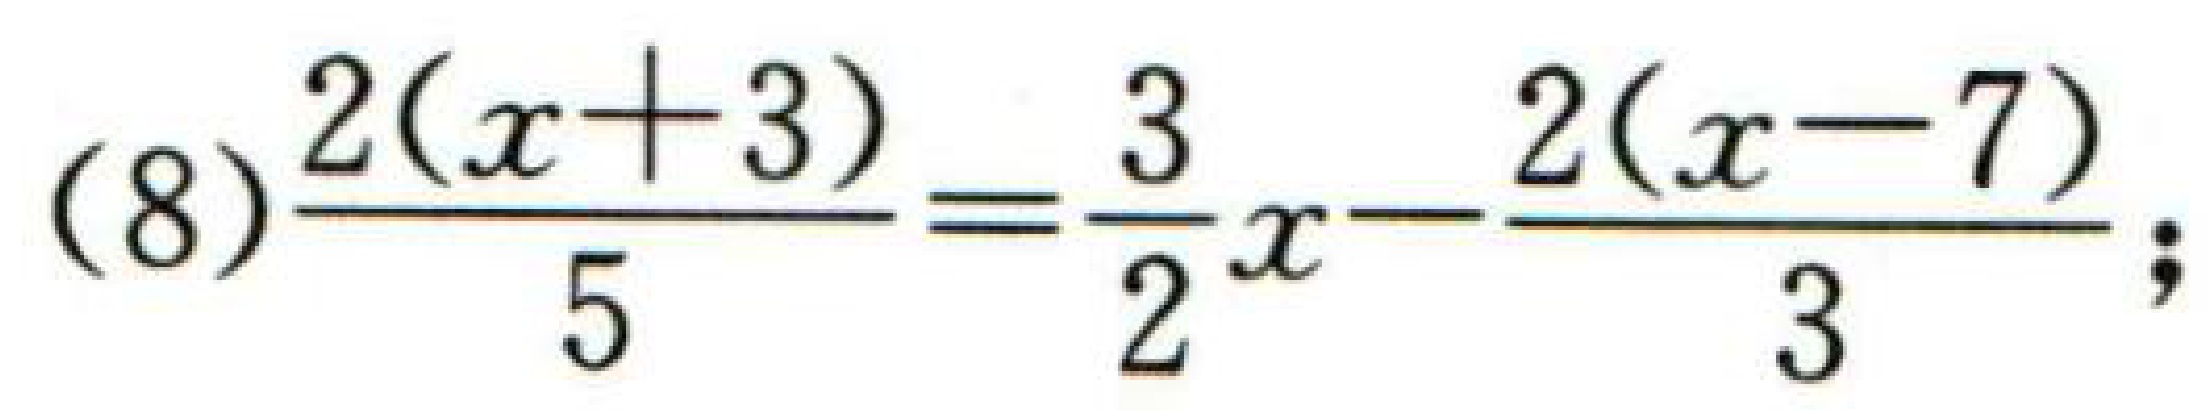
(8) $\dfrac{2(x + 3)}{5}=\dfrac{3}{2}x-\dfrac{2(x - 7)}{3}$;